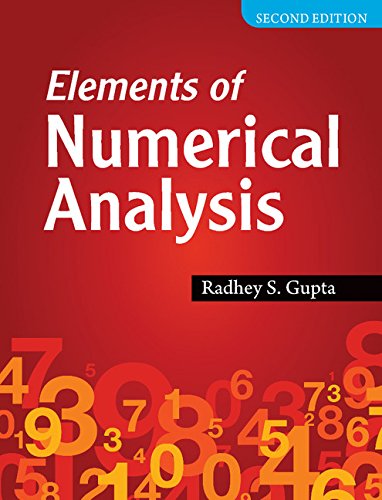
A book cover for Elements of Numerical Analysis; Radhey S. Gupta; Science & Math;